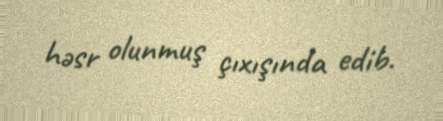
həsr olunmuş çıxışında edib.